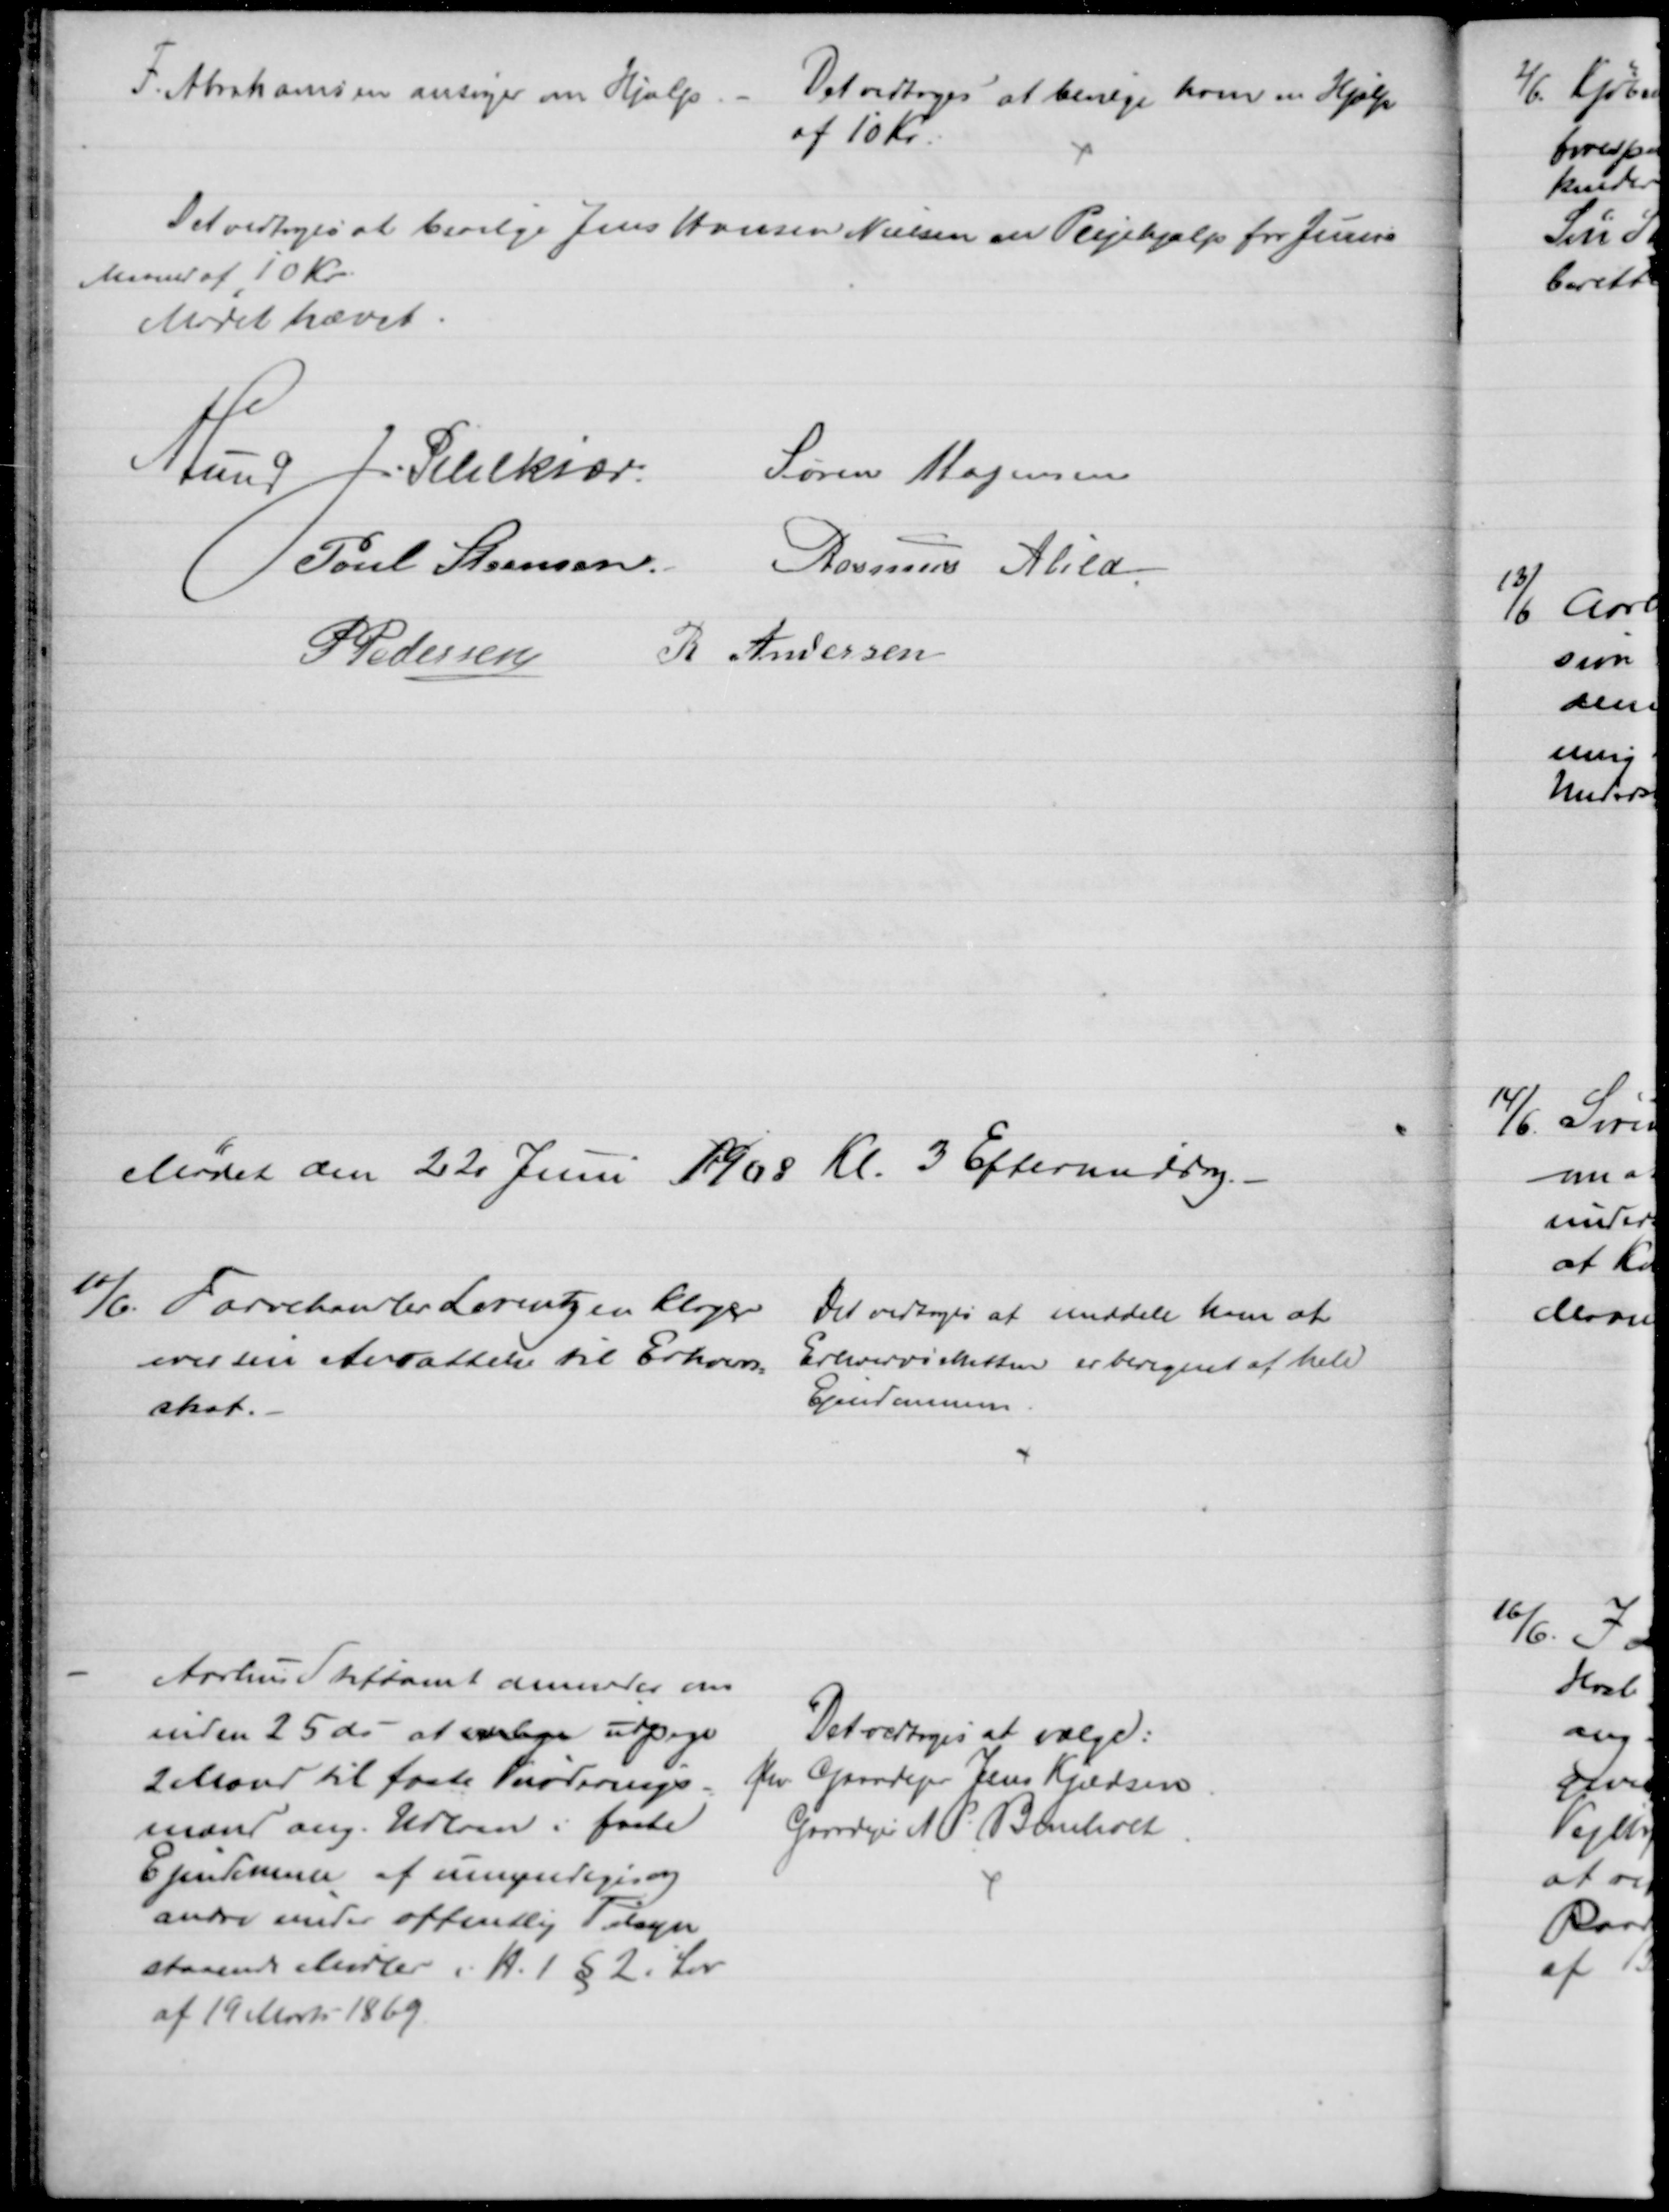
Transskription:
F. Abrahamsen ansøger om Hjælp. 
Det vedtoges at bevilge ham en Hjælp
af 10 Kr.
Det vedtoges at bevilge Jens Hansen Nielsen en Plejehjælp for Juni
Maaned af 10 Kr.
Mødet hævet
A Lund J. Pihlkjær
Søren Mogensen
Poul Steensen 
Rasmus Abild
P Pedersen 
 R. Andersen
Mødet den 22 Juni 1908 Kl. 3 Eftermiddag. 
11/6. Farvehandler Lorentzen klager 
over sin Ansættelse til Erhvervs
=
skat.
Det vedtoges at meddele ham at
Erhvervsskatten er beregnet af hele
Ejendommen.
Aarhus Stiftamt anmoder om
inden 25 ds - at vælge udpege
2 Mænd til faste Vurderings-
mænd ang. Udlaan i faste
Ejendomme af umyndiges og
andre under offentlig Tilsyn
staaende Midler i H.t § 2 i Lov
af 19 Marts 1869.
Det vedtoges at vælge:
fhv Gaardejer Jens Kjeldsen
Gaardejer N. P. Bomholt